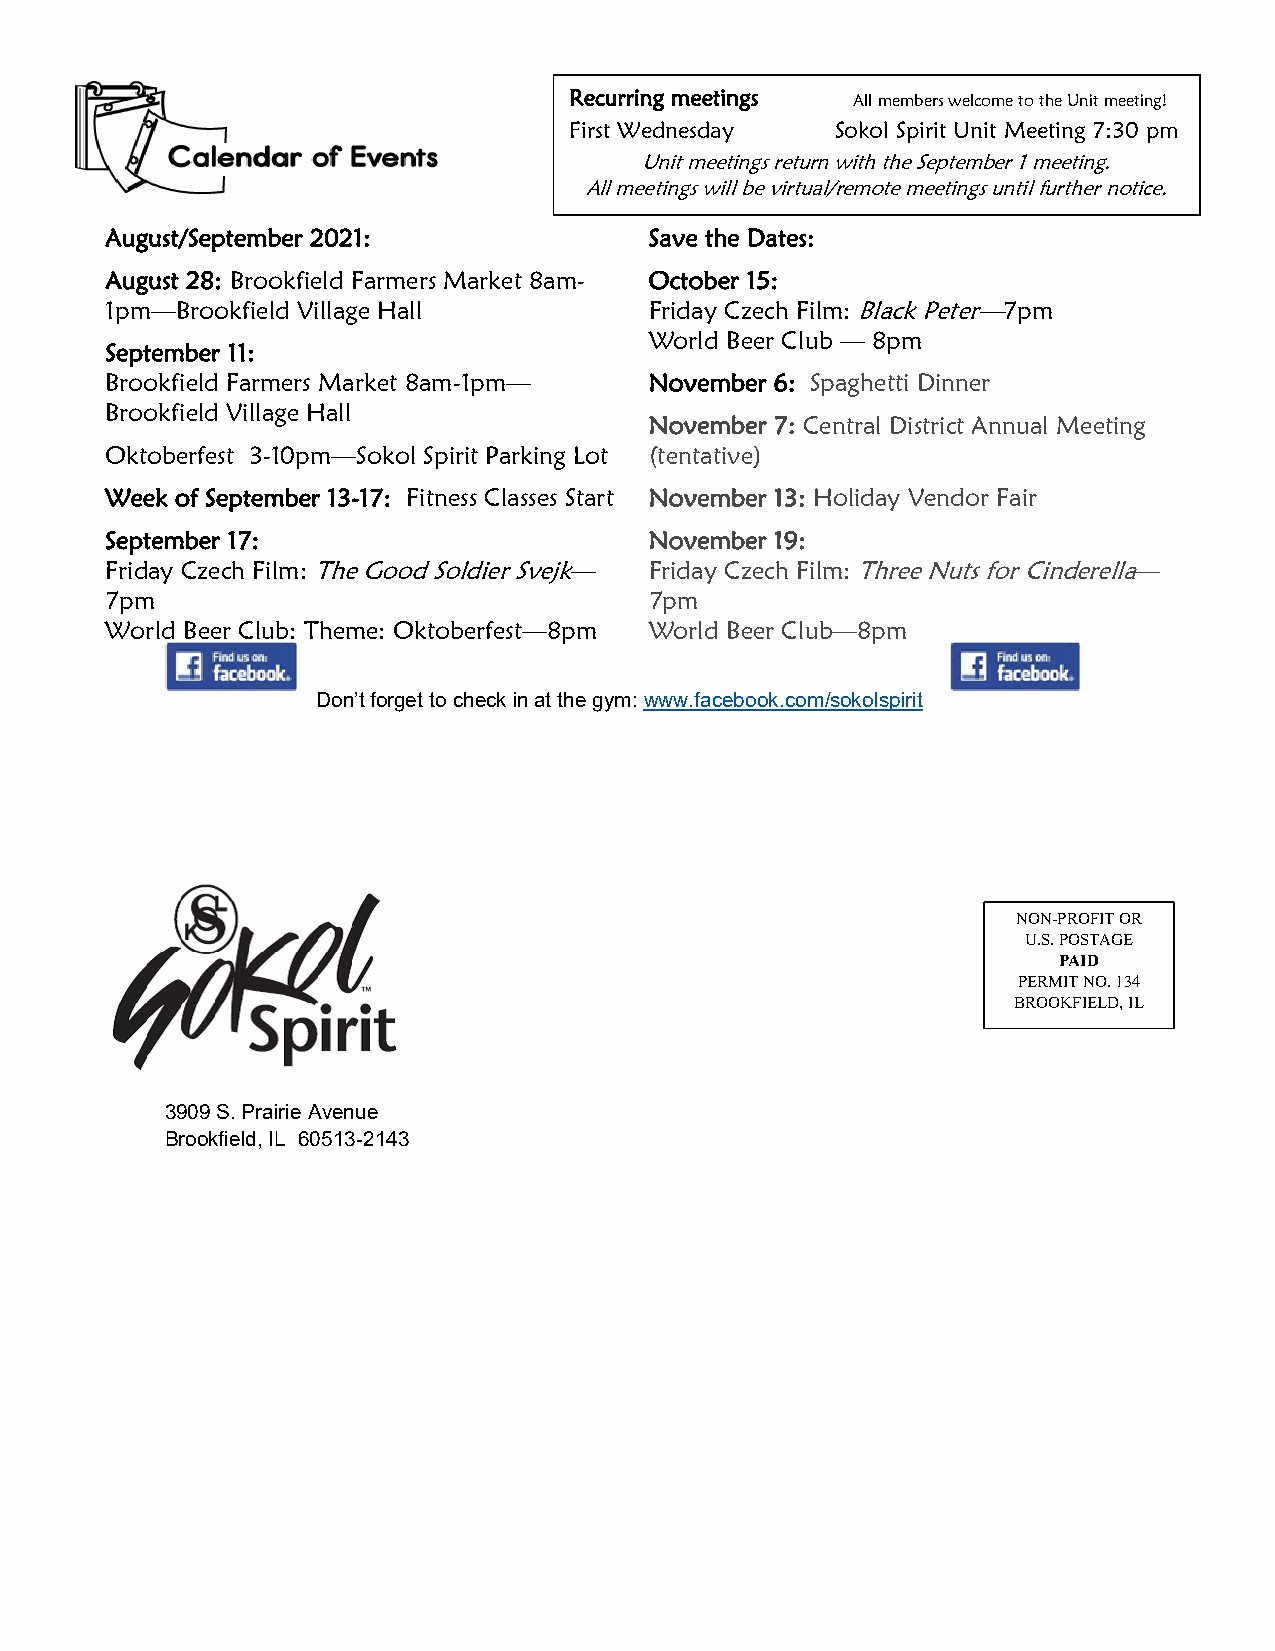
Recurring meetings All members welcome to the Unit meeting!
 First Wednesday  Sokol Spirit Unit Meeting 7:30 pm
 Unit meetings return with the September 1 meeting.
 All meetings will be virtual/remote meetings until further notice.
 August/September 2021:              Save the Dates:
 August 28: Brookfield Farmers Market 8am- October 15:
 1pm—Brookfield Village Hall         Friday Czech Film: Black Peter—7pm
 World Beer Club — 8pm
 September 11:
 Brookfield Farmers Market 8am-1pm—  November 6: Spaghetti Dinner
 Brookfield Village Hall
 November 7: Central District Annual Meeting
 Oktoberfest 3-10pm—Sokol Spirit Parking Lot (tentative)
 Week of September 13-17: Fitness Classes Start November 13: Holiday Vendor Fair
 September 17:                       November 19:
 Friday Czech Film: The Good Soldier Svejk— Friday Czech Film: Three Nuts for Cinderella—
 7pm                                 7pm
 World Beer Club: Theme: Oktoberfest—8pm World Beer Club—8pm
 Don’t forget to check in at the gym: www.facebook.com/sokolspirit
 NON-PROFIT OR
 U.S. POSTAGE
 PAID
 PERMIT NO. 134
 BROOKFIELD, IL
 3909 S. Prairie Avenue
 Brookfield, IL 60513-2143